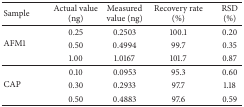
<table><thead><tr><td><b>Sample</b></td><td><b>Actual value (ng)</b></td><td><b>Measured value (ng)</b></td><td><b>Recovery rate (%)</b></td><td><b>RSD(%)</b></td></tr></thead><tbody><tr><td rowspan="3"> AFM1</td><td>0.25</td><td>0.2503</td><td>100.1</td><td>0.20</td></tr><tr><td>0.50</td><td>0.4994</td><td>99.7</td><td>0.35</td></tr><tr><td>1.00</td><td>1.0167</td><td>101.7</td><td>0.87</td></tr><tr><td rowspan="3">CAP</td><td>0.10</td><td>0.0953</td><td>95.3</td><td>0.60</td></tr><tr><td>0.30</td><td>0.2933</td><td>97.7</td><td>1.18</td></tr><tr><td>0.50</td><td>0.4883</td><td>97.6</td><td>0.59</td></tr></tbody></table>